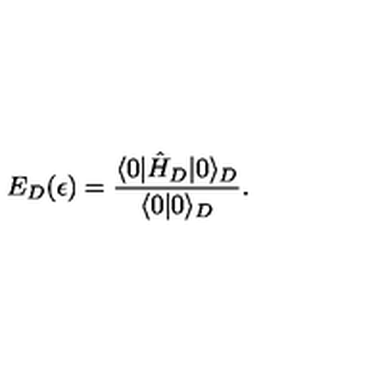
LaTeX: E _ { D } ( \epsilon ) = { \frac { \langle 0 | \hat { H } _ { D } | 0 \rangle _ { D } } { \langle 0 | 0 \rangle _ { D } } } .